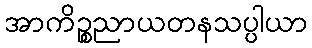
အာကိဉ္စညာယတနသပ္ပါယာ